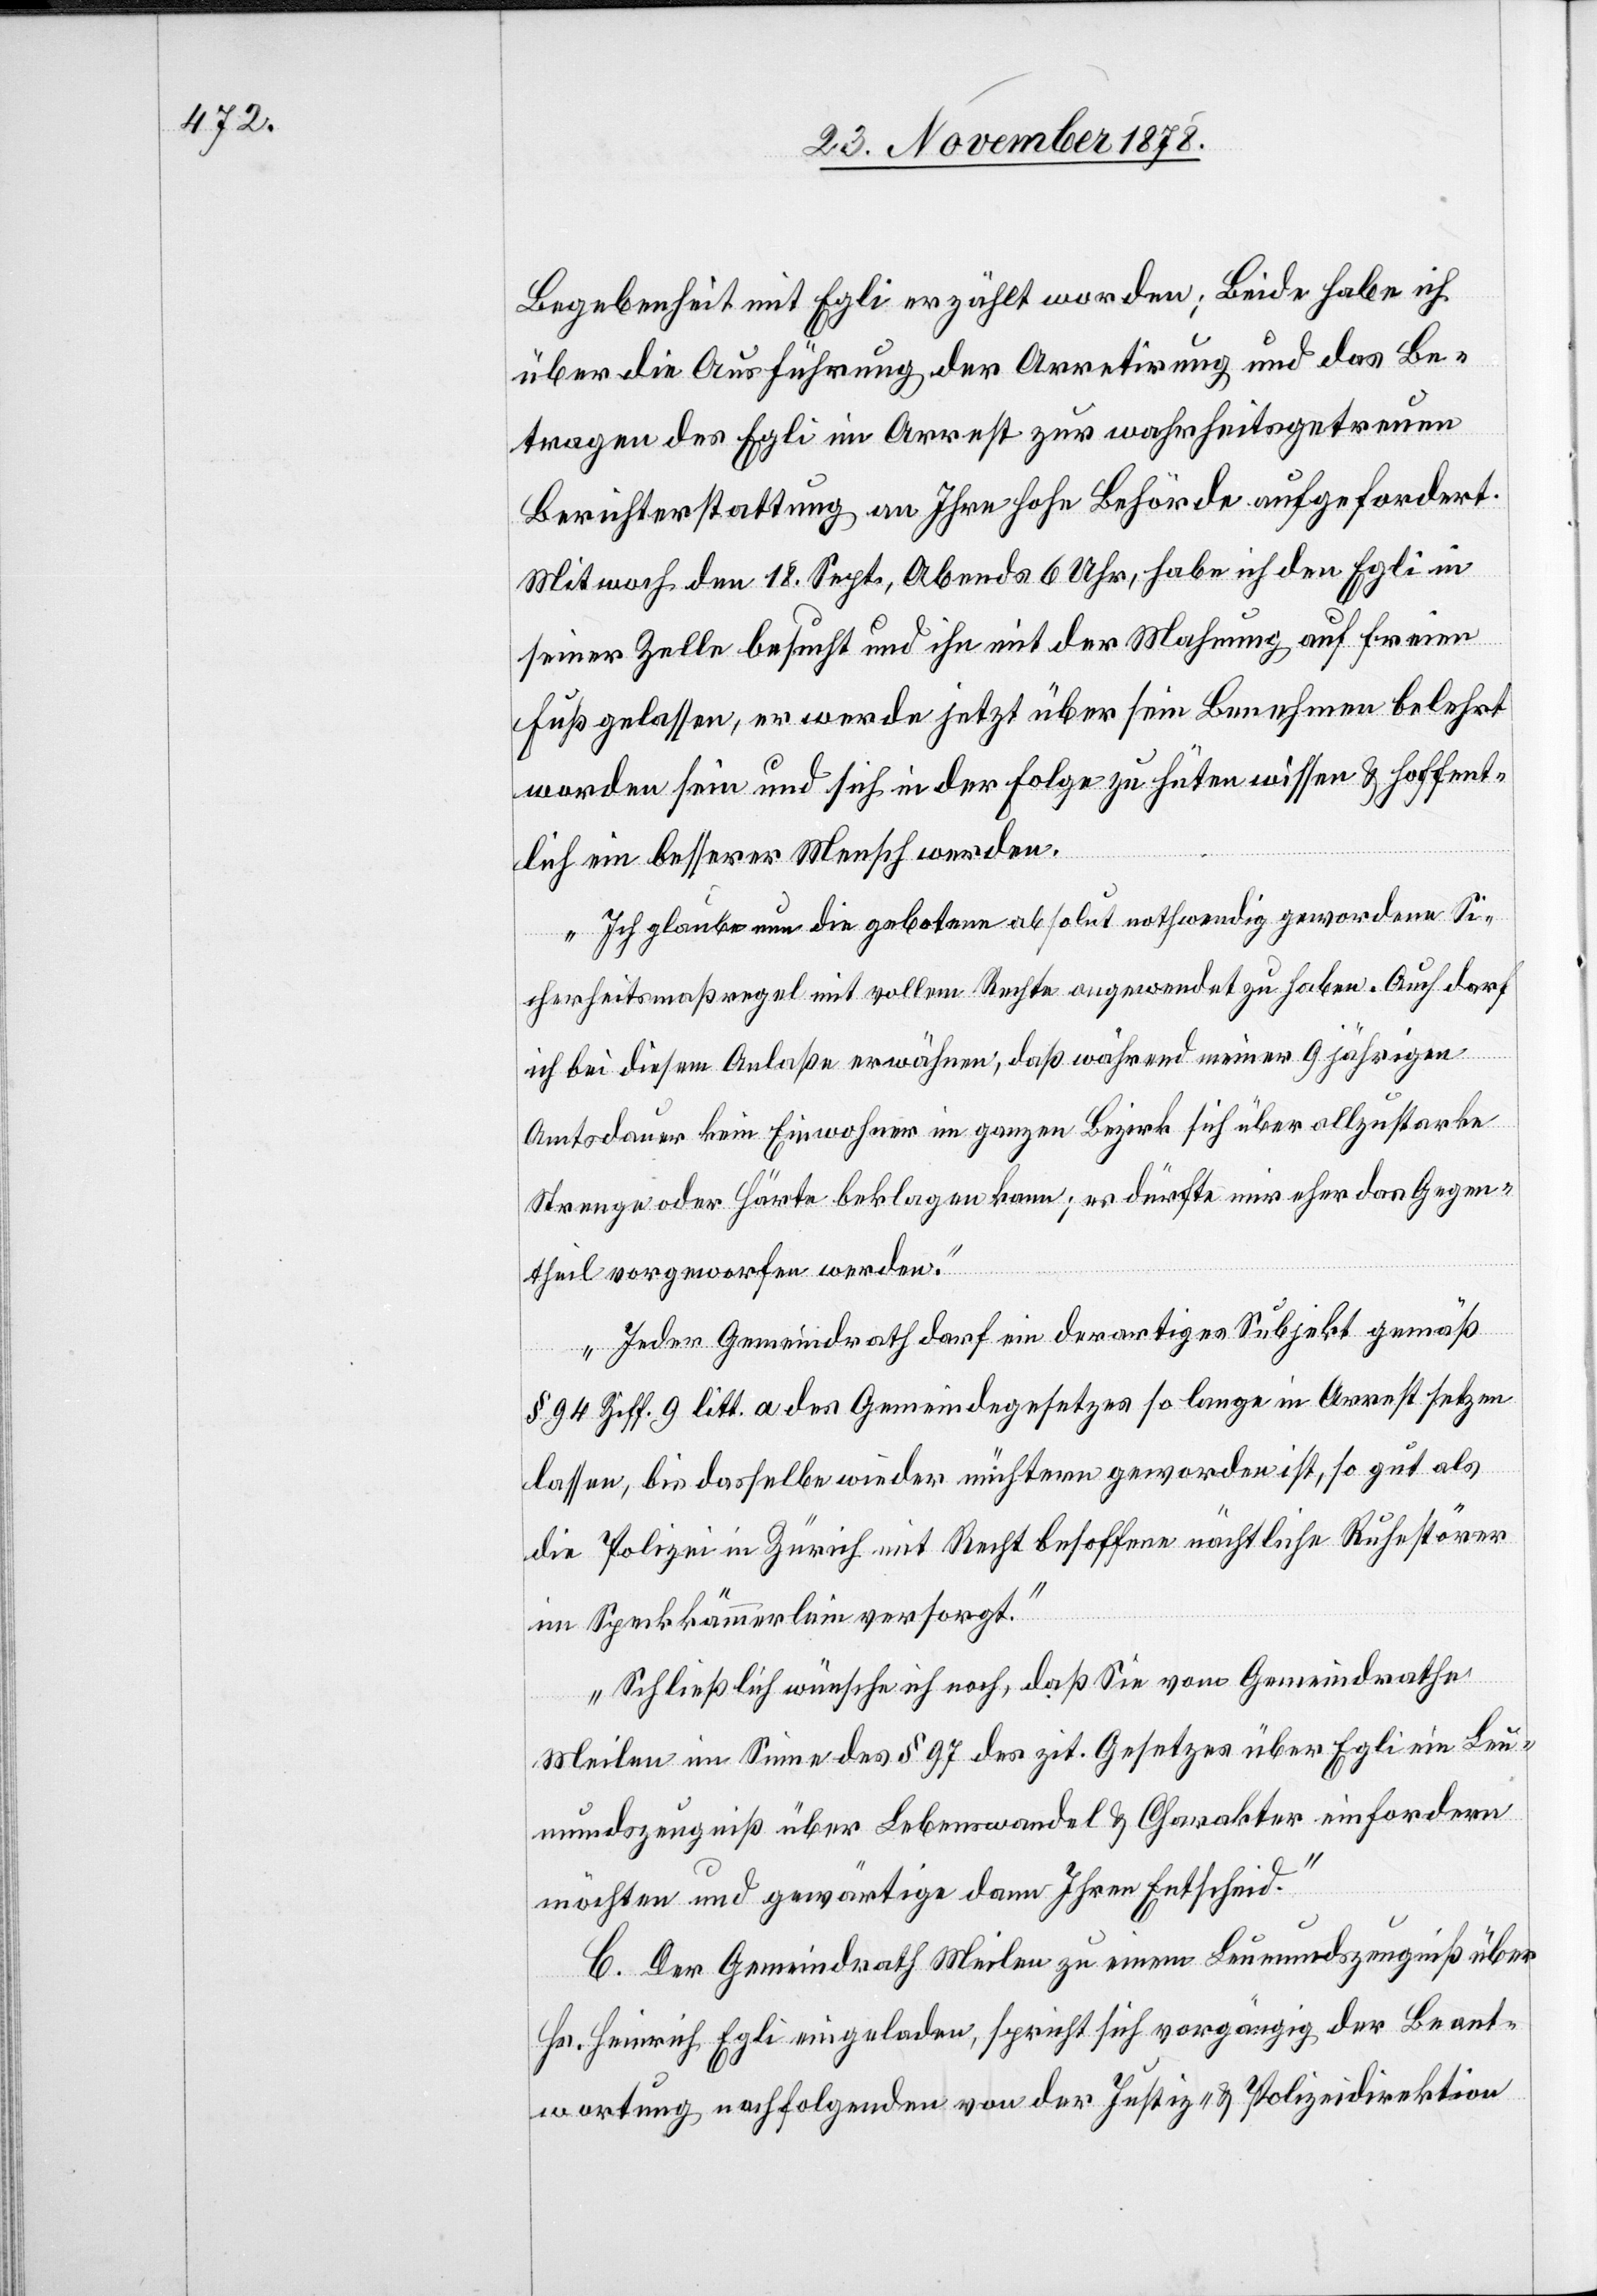
Begebenheit mit Egli erzählt worden; Beide habe ich
über die Ausführung der Arrestirung und das Be¬
tragen des Egli im Arrest zur wahrheitsgetreuen
Berichterstattung an Ihre hohe Behörde aufgefordert.
Mit[t]woch den 18. Sept., Abends 6 Uhr, habe ich den Egli in
seiner Zelle besucht und ihn mit der Mahnung auf freien
Fuß gelassen, er werde jetzt über sein Benehmen belehrt
worden sein und sich in der Folge zu hüten wissen & hoffent¬
lich ein besserer Mensch werden.
Ich glaube nun die gebotene absolut nothwendig gewordene Si¬
cherheitsmaßregel mit vollem Rechte angewendet zu haben. Auch darf
ich bei diesem Anlaße erwähnen, daß während meiner 9 Jährigen
Amtsdauer kein Einwohner im ganzen Bezirk sich über allzustarke
Strenge oder Härte beklagen kann; es dürfte mir eher das Gegen¬
theil vorgeworfen werden.
Jeder Gemeindrath darf ein derartiges Subjekt gemäß
§94 Ziff. 9 litt. a des Gemeindegesetzes so lange in Arrest setzen
lassen, bis dasselbe wieder nüchtern geworden ist, so gut als
die Polizei in Zürich mit Recht besoffene nächtliche Ruhestörer
im Speckkämmerlein versorgt.
Schließlich wünsche ich noch, daß Sie vom Gemeindrathe
Meilen im Sinne des § 97 des zit. Gesetzes über Egli ein Leu¬
mundszeugniß über Lebenswandel & Charakter einfordern
möchten und gewärtige dann Ihren Entscheid.“
C. Der Gemeindrath Meilen zu einem Leumundszeugniß über
Hs. Heinrich Egli einzuladen, spricht sich vorgängig der Beant¬
wortung nachfolgenden von der Justiz- & Polizeidirektion